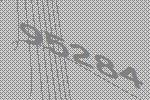
95284